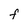
Character: F